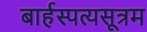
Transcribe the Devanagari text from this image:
बार्हस्पत्यसूत्रम